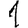
Digit: 1